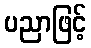
ပညာဖြင့်